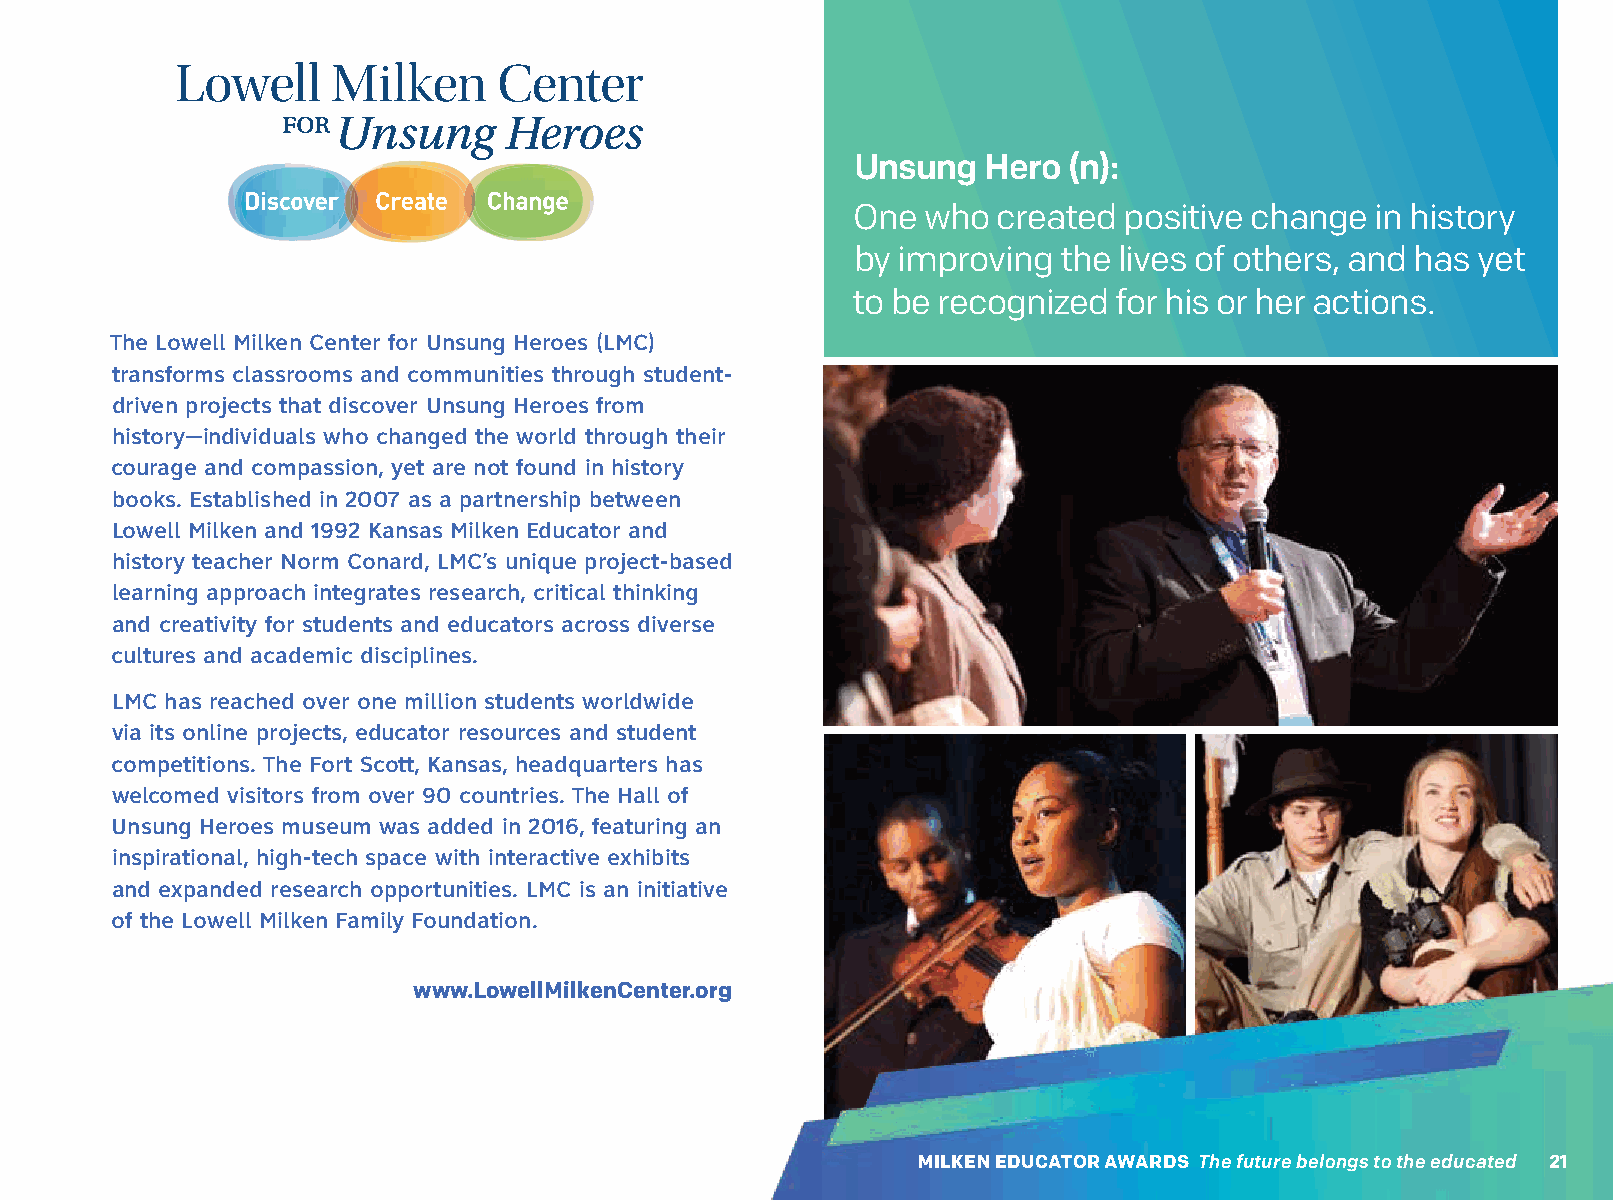
Unsung   Hero  (n):
 One  who  created positive change  in history
 by improving the lives of others, and has yet
 to be recognized  for his or her actions.
 The Lowell Milken Center for Unsung Heroes (LMC)
 transforms classrooms and communities through student-
 driven projects that discover Unsung Heroes from
 history—individuals who changed the world through their
 courage and compassion, yet are not found in history
 books. Established in 2007 as a partnership between
 Lowell Milken and 1992 Kansas Milken Educator and
 history teacher Norm Conard, LMC’s unique project-based
 learning approach integrates research, critical thinking
 and creativity for students and educators across diverse
 cultures and academic disciplines.
 LMC has reached over one million students worldwide
 via its online projects, educator resources and student
 competitions. The Fort Scott, Kansas, headquarters has
 welcomed visitors from over 90 countries. The Hall of
 Unsung Heroes museum was added in 2016, featuring an
 inspirational, high-tech space with interactive exhibits
 and expanded research opportunities. LMC is an initiative
 of the Lowell Milken Family Foundation.
 www.LowellMilkenCenter.org
 MILKEN EDUCATOR AWARDS The future belongs to the educated 21